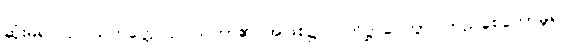
ဆုံးမ၍။ ဥပါသကတ္တေ၊ ဥပါသကာ၏ အဖြစ်၌။ ပတိဋ္ဌာပေတွာ၊ တည်စေတော်မူ၍။